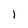
Character: l